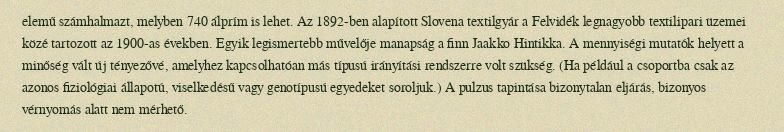
elemű számhalmazt, melyben 740 álprím is lehet. Az 1892-ben alapított Slovena textilgyár a Felvidék legnagyobb textilipari üzemei közé tartozott az 1900-as években. Egyik legismertebb művelője manapság a finn Jaakko Hintikka. A mennyiségi mutatók helyett a minőség vált új tényezővé, amelyhez kapcsolhatóan más típusú irányítási rendszerre volt szükség. (Ha például a csoportba csak az azonos fiziológiai állapotú, viselkedésű vagy genotípusú egyedeket soroljuk.) A pulzus tapintása bizonytalan eljárás, bizonyos vérnyomás alatt nem mérhető.